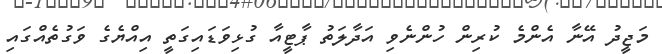
މަޖީދު އޭނާ އެންމެ ކުރިން ހުންނެވި އަދާލަތު ޕާޓީއާ ގުޅިވަޑައިގަތީ އިއްޔެގެ ވަގުތެއްގައި